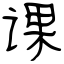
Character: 课